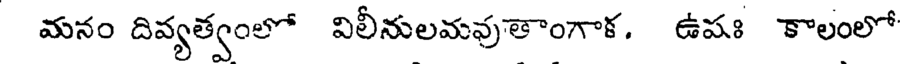
మనం దివ్యత్వంలో విలీనులమవుతాంగాక. ఉషః కాలంలో